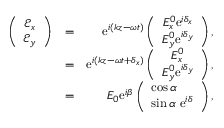
\begin{array} { r l r } { \left( \begin{array} { c } { \mathcal { E } _ { x } } \\ { \mathcal { E } _ { y } } \end{array} \right) } & { = } & { \mathrm { e } ^ { i ( k z - \omega t ) } \left( \begin{array} { c } { { E } _ { x } ^ { 0 } \mathrm { e } ^ { i \delta _ { x } } } \\ { { E } _ { y } ^ { 0 } \mathrm { e } ^ { i \delta _ { y } } } \end{array} \right) , } \\ & { = } & { \mathrm { e } ^ { i ( k z - \omega t + \delta _ { x } ) } \left( \begin{array} { c } { { E } _ { x } ^ { 0 } } \\ { { E } _ { y } ^ { 0 } \mathrm { e } ^ { i \delta _ { y } } } \end{array} \right) , } \\ & { = } & { E _ { 0 } \mathrm { e } ^ { i \beta } \left( \begin{array} { c } { \cos \alpha \ \ \ \ } \\ { \sin \alpha \ \mathrm { e } ^ { i \delta } } \end{array} \right) , } \end{array}